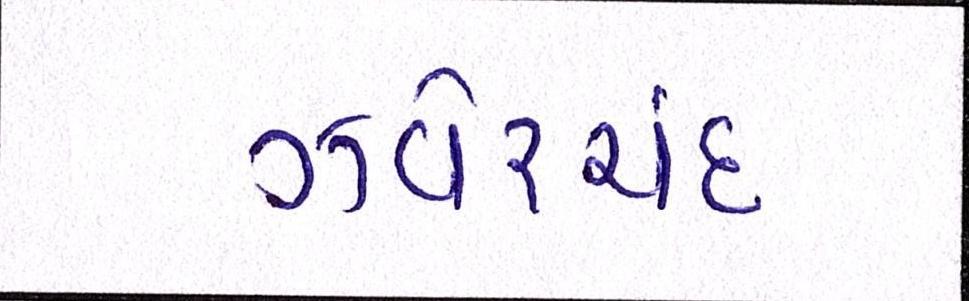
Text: ઝવેરચંદ